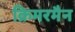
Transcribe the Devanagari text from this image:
क्रिमरमैन